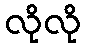
လိုလို